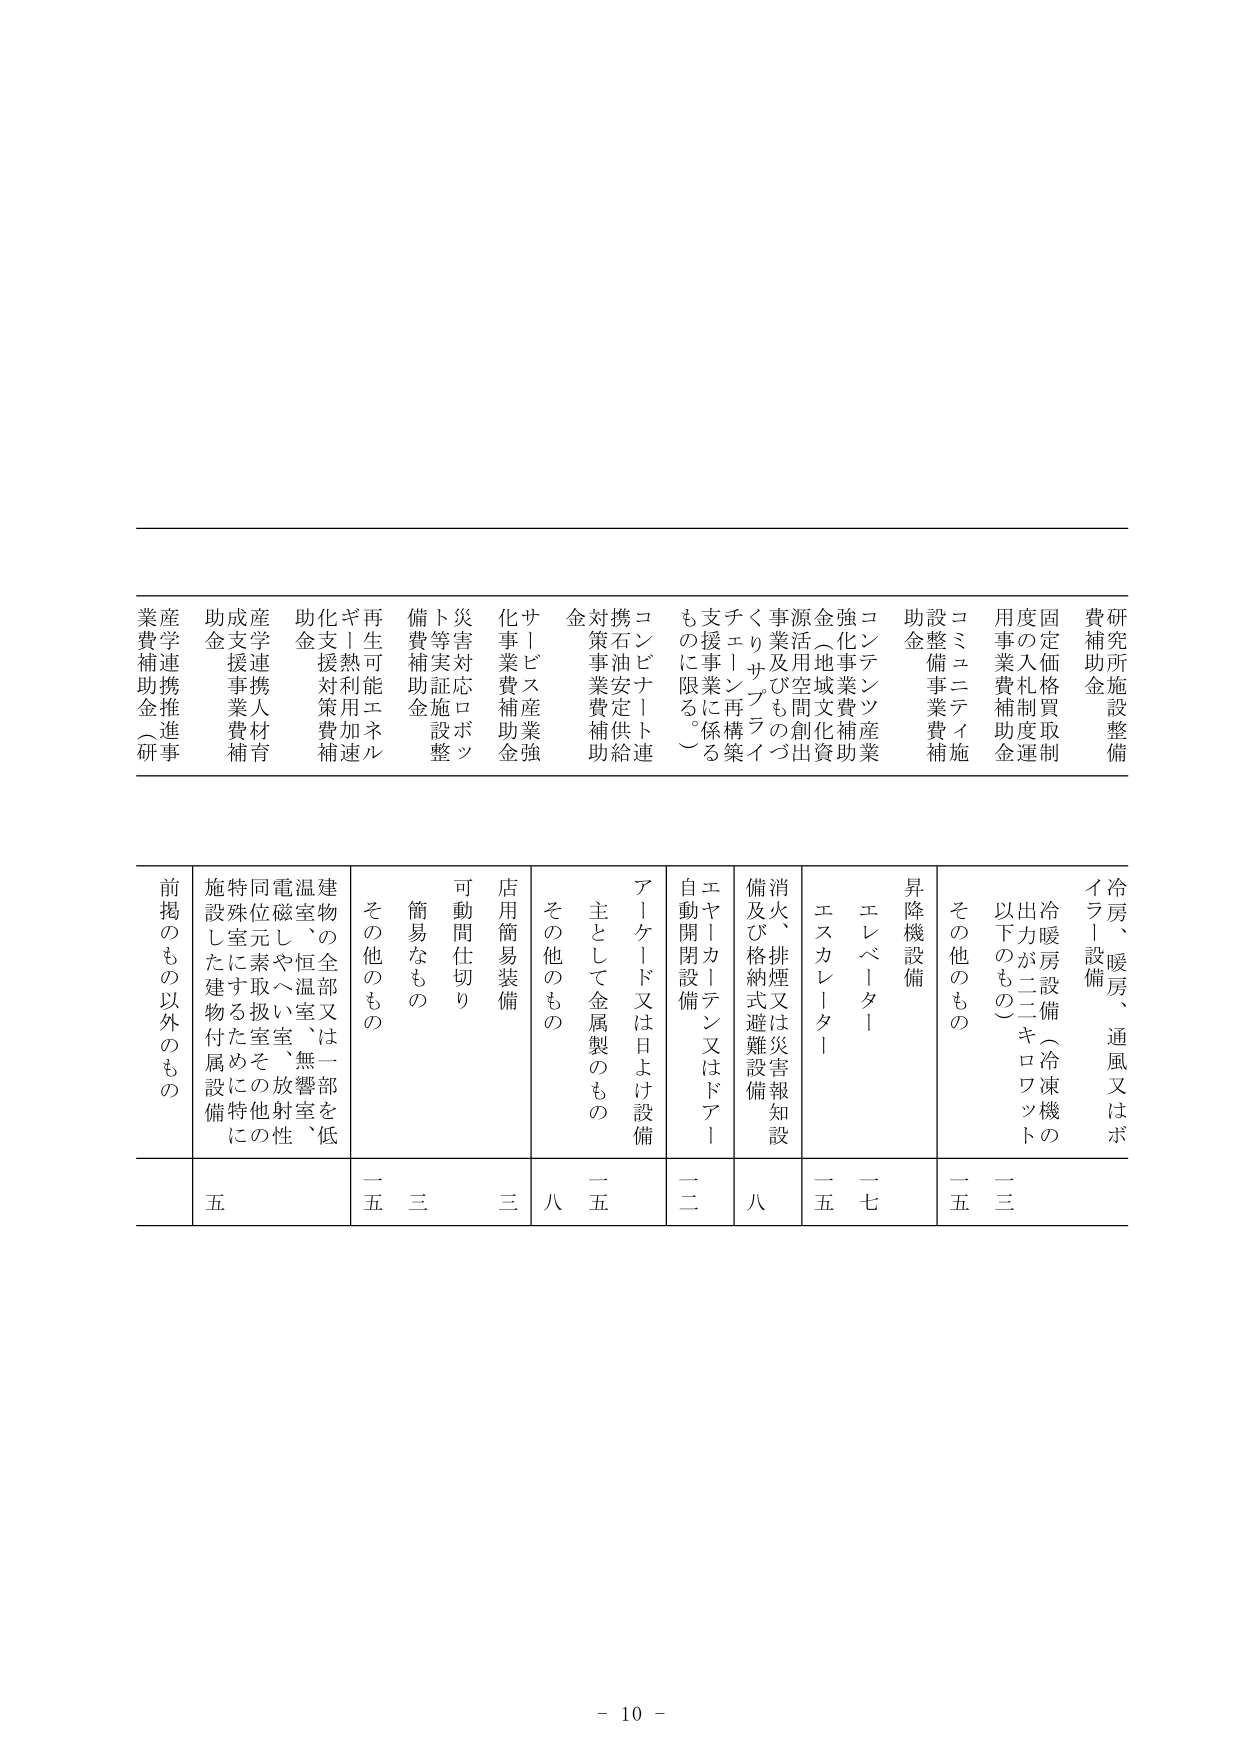
研究施設整備
費補助金

固定価格買取制度の入札
用事業費補助金

コミュニティ施設整備事業費補助金

コンテンツ産業強化事業費補助金
（地域文化資産活用空間創出事業及びものづくりサプライチェーン再構築支援事業に係るものに限る。）

コンビナート連携石油安定供給対策事業補助金

サービス産業強化事業費補助金

災害対応ロボット等実証施設整備費補助金

再生可能エネルギーギー利用加速化支援対策費補助金

産学連携人材育成支援事業費補助金

産学連携推進事業費補助金（研）

冷房、暖房、通風又はボイラー設備
冷暖房設備（冷凍機の出力が二二キロワット以下のもの）
その他のもの

昇降機設備
エレベーター
エスカレーター

消火、排煙又は災害報知設備及び格納式避難設備

エヤーカーテン又はドア自動開閉設備

アーケード又は日よけ設備
主として金属製のもの
その他のもの

店用簡易装備
可動間仕切り
簡易なもの
その他のもの

建物の全部又は一部を低温室、恒温室、無響室、電磁しゃへい室、放射性同位元素取扱いその他の特殊室にすための施設した建物付属設備

前掲のもの以外のもの

二三
二五
二七
一五
八
二二
三
三
一五
五
五

- 10 -